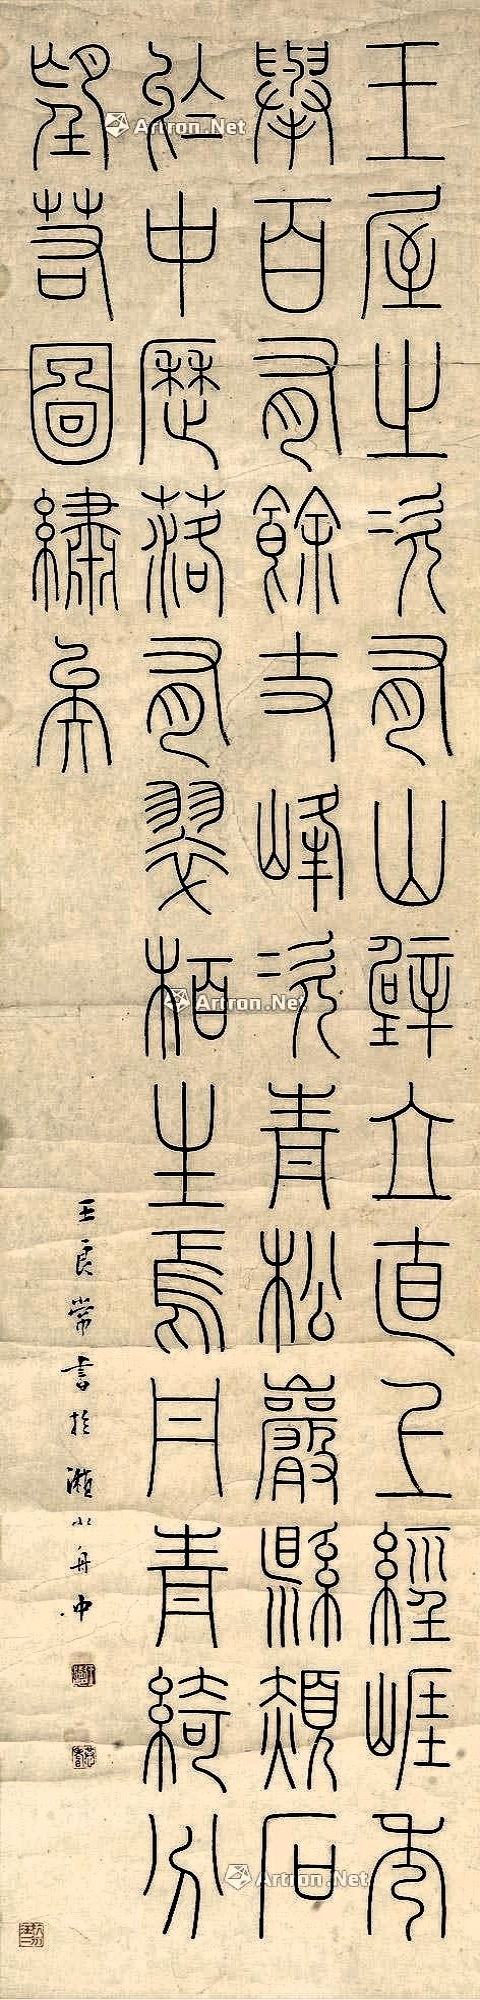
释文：王屋之次有山，壁立直上，轻崖秀举，百有余丈，峰次青松，岩悬赪石，于中历落，有翠柏生焉，丹青绮分，望若图绣矣。王良常书扵濑水舟中。